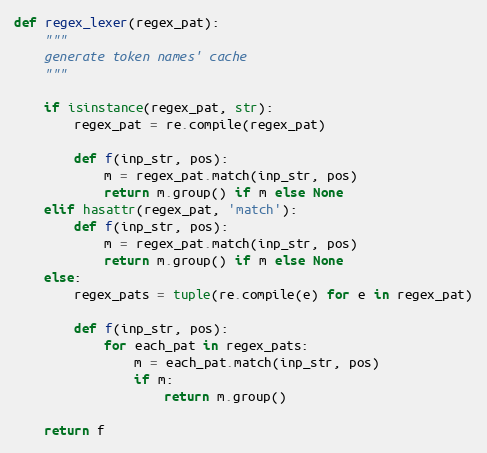
Language: Python
def regex_lexer(regex_pat):
    """
    generate token names' cache
    """

    if isinstance(regex_pat, str):
        regex_pat = re.compile(regex_pat)

        def f(inp_str, pos):
            m = regex_pat.match(inp_str, pos)
            return m.group() if m else None
    elif hasattr(regex_pat, 'match'):
        def f(inp_str, pos):
            m = regex_pat.match(inp_str, pos)
            return m.group() if m else None
    else:
        regex_pats = tuple(re.compile(e) for e in regex_pat)

        def f(inp_str, pos):
            for each_pat in regex_pats:
                m = each_pat.match(inp_str, pos)
                if m:
                    return m.group()

    return f